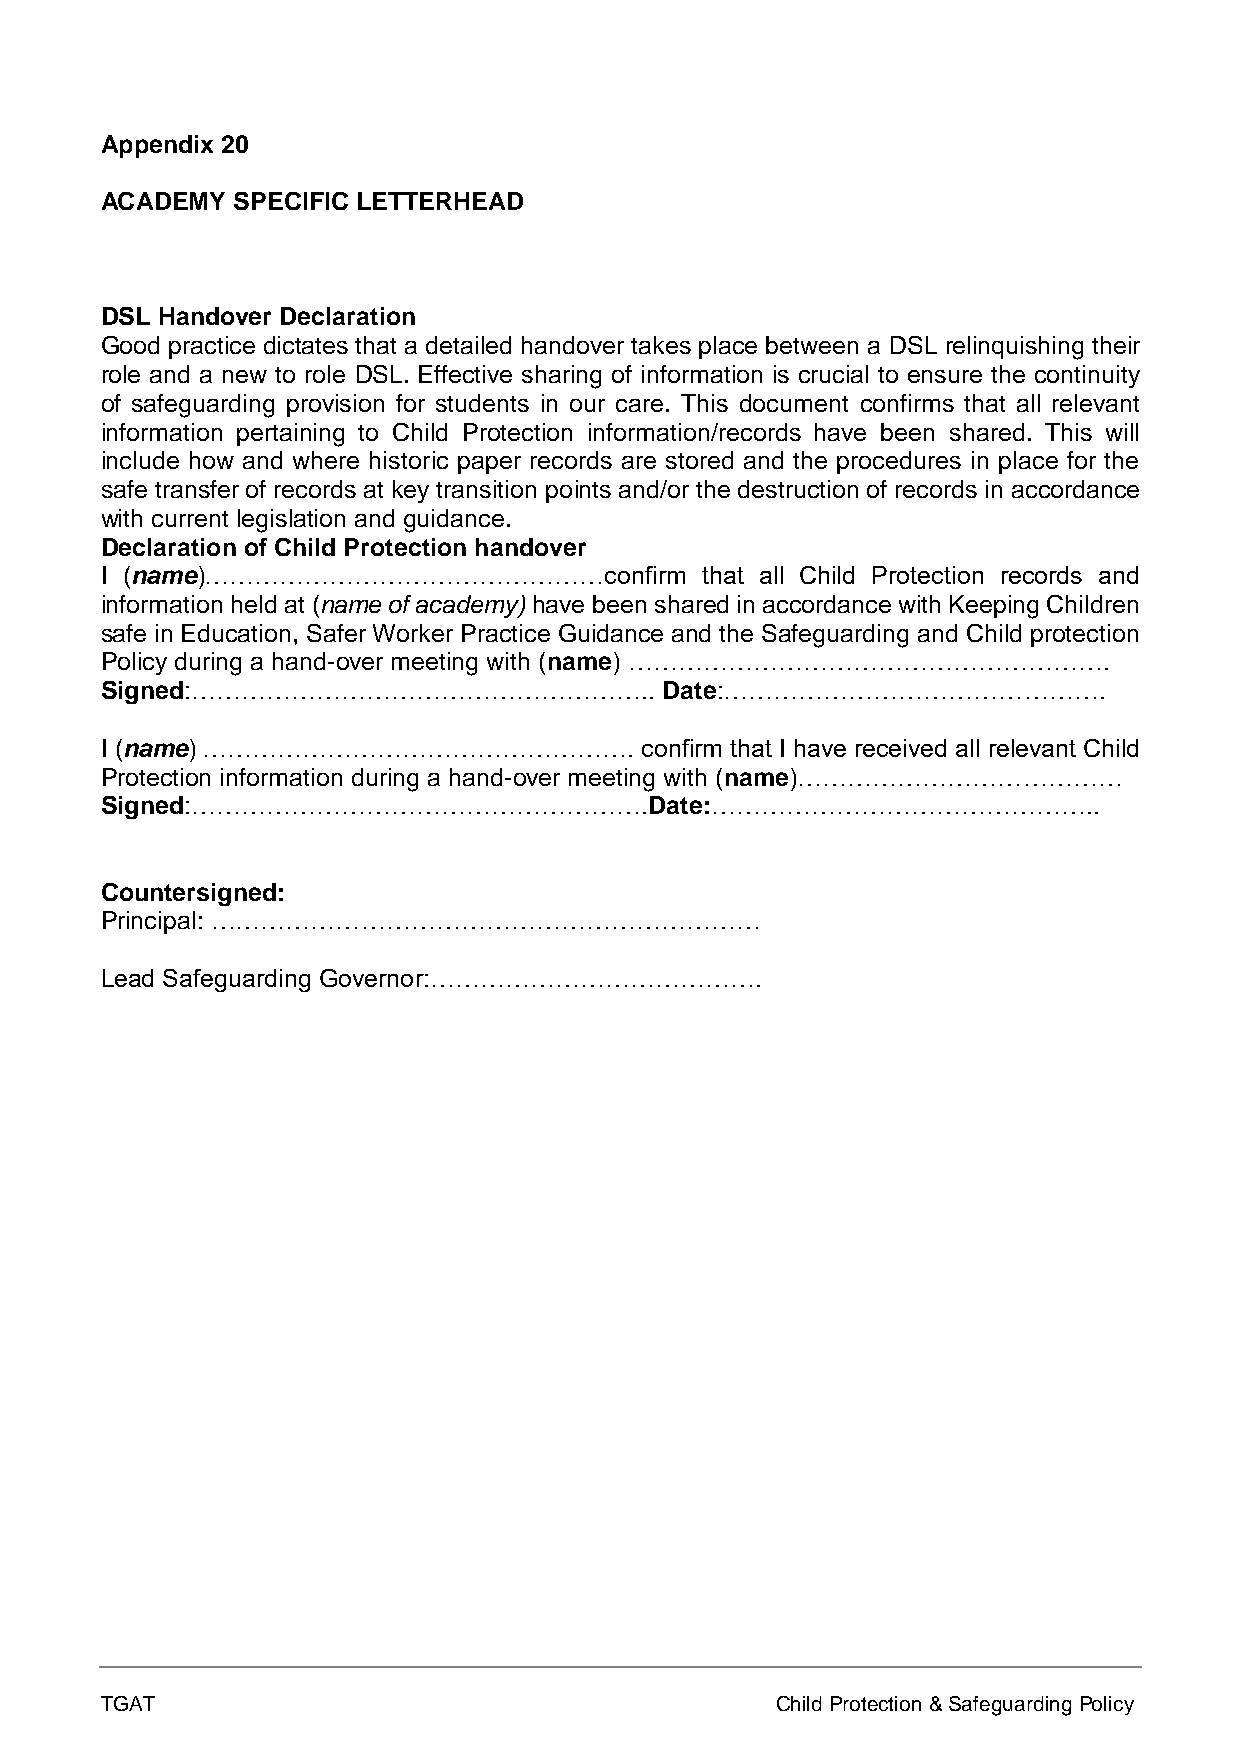
Appendix 20
 ACADEMY SPECIFIC LETTERHEAD
 DSL Handover Declaration
 Good practice dictates that a detailed handover takes place between a DSL relinquishing their
 role and a new to role DSL. Effective sharing of information is crucial to ensure the continuity
 of safeguarding provision for students in our care. This document confirms that all relevant
 information pertaining to Child Protection information/records have been shared. This will
 include how and where historic paper records are stored and the procedures in place for the
 safe transfer of records at key transition points and/or the destruction of records in accordance
 with current legislation and guidance.
 Declaration of Child Protection handover
 I (name)…………………………………………confirm        that all Child Protection records and
 information held at (name of academy) have been shared in accordance with Keeping Children
 safe in Education, Safer Worker Practice Guidance and the Safeguarding and Child protection
 Policy during a hand-over meeting with (name) ………………………………………………….
 Signed:………………………………………………..          Date:……………………………………….
 I (name) …………………………………………….         confirm that I have received all relevant Child
 Protection information during a hand-over meeting with (name)…………………………………
 Signed:……………………………………………….Date:………………………………………..
 Countersigned:
 Principal: …………………………………………………………
 Lead Safeguarding Governor:………………………………….
 TGAT                                        Child Protection & Safeguarding Policy